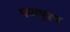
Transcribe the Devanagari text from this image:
पद्मापुश्प